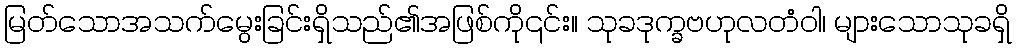
မြတ်သောအသက်မွေးခြင်းရှိသည်၏အဖြစ်ကို၎င်း။ သုခဒုက္ခဗဟုလတံဝါ၊ များသောသုခရှိ